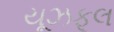
યૂઝફૂલ